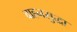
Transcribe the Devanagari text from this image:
वाहनसुद्धा